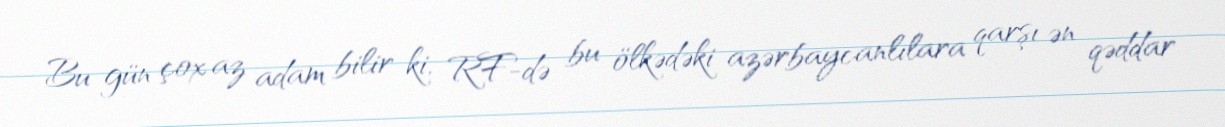
Bu gün çox az adam bilir ki, RF-də bu ölkədəki azərbaycanlılara qarşı ən qəddar